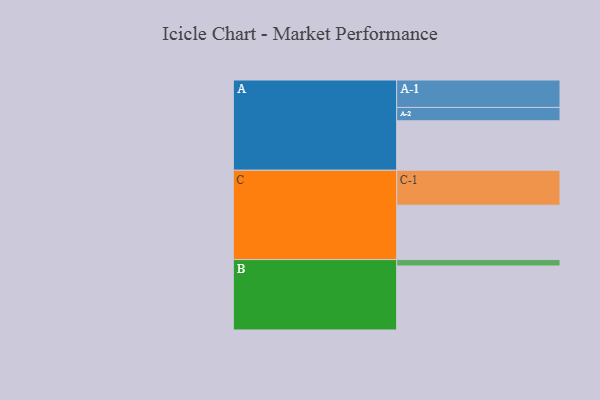
{"axis": {"x": "Segment", "y": "Value"}, "legend": ["", "A", "B", "C"], "data": [{"x": "A", "y": 411, "type": ""}, {"x": "B", "y": 532, "type": ""}, {"x": "C", "y": 452, "type": ""}, {"x": "A-1", "y": 228, "type": "A"}, {"x": "A-2", "y": 111, "type": "A"}, {"x": "B-1", "y": 53, "type": "B"}, {"x": "C-1", "y": 290, "type": "C"}]}